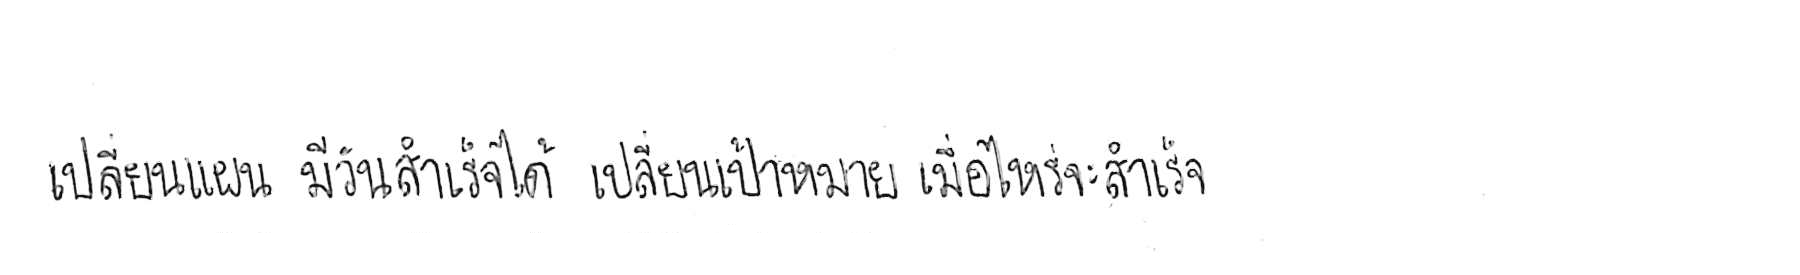
เปลี่ยนแผน มีวันสำเร็จได้ เปลี่ยนเป้าหมาย เมื่อไหร่จะสำเร็จ